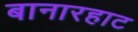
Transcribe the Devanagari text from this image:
बानारहाट